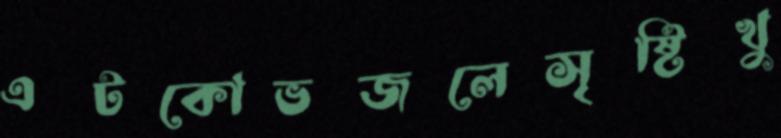
এটকোভজলেসৃষ্টিখু